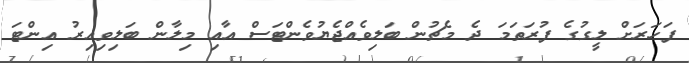
ފަހަރަށް ލީގުގެ ފުރަތަމަ ދެ މެޗުން ބަލިވެއްޖެޔުވެންޓަސް އާއި މިލާން ބަލިވިއިރު އިންޓަ